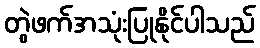
တွဲဖက်အသုံးပြုနိုင်ပါသည်